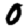
Digit: 0